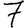
Digit: 7